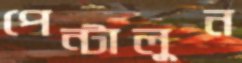
পেন্টালুন